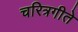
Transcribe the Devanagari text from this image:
चरित्रगीते